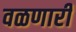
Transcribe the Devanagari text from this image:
वळणारी